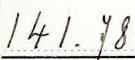
141.78